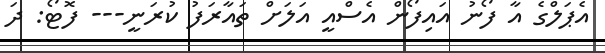
އެޕަލްގެ އާ ފޯނު އައިފޯން އެސްއީ އަލަށް ތައާރަފު ކުރަނީ--- ފޮޓޯ: ދަ